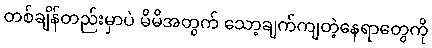
တစ်ချိန်တည်းမှာပဲ မိမိအတွက် သော့ချက်ကျတဲ့နေရာတွေကို